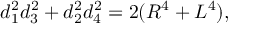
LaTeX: I ( s ) = C ( s V ( s ) - V _ { 0 } ) ,